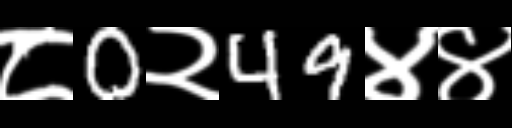
Text: ८0२49४४